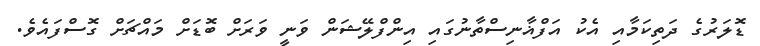
ޑޮލަރުގެ ދަތިކަމާއި އެކު އަފްޣާނިސްތާނުގައި އިންފްލޭޝަން ވަނީ ވަރަށް ބޮޑަށް މައްޗަށް ގޮސްފައެވެ.